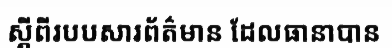
ស្តីពីរបបសារព័ត៌មាន ដែលធានាបាន